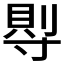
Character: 𡬷